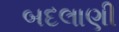
બદલાણી